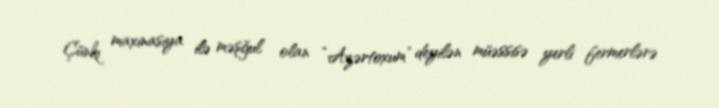
Çünki maxinasiya ilə məşğul olan “Azərtoxum” deyilən müəssisə yerli fermerlərə